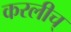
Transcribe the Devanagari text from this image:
करलीच्